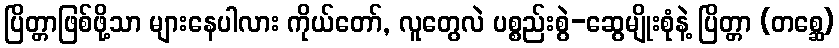
ပြိတ္တာဖြစ်ဖို့သာ များနေပါလား ကိုယ်တော်, လူတွေလဲ ပစ္စည်းစွဲ-ဆွေမျိုးစုံနဲ့ ပြိတ္တာ (တစ္ဆေ)